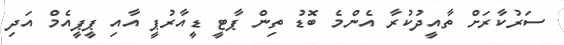
ސަރުކާރަށް ތާއީދުކުރާ އެންމެ ބޮޑު ތިން ޕާޓީ ޑީއާރުޕީ އާއި ޕީޕީއެމް އަދި